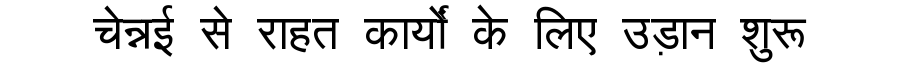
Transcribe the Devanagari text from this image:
चेन्नई से राहत कार्यों के लिए उड़ान शुरू